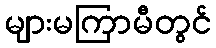
များမကြာမီတွင်